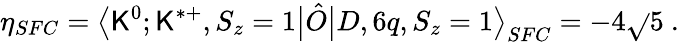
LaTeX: \eta_{SFC}=\big\langle\mathsf{K}^{0};\mathsf{K}^{*+},S_{z}=1\big|\hat{{O}}\big|D,6q,S_{z}=1\big\rangle_{SFC}=-4\sqrt{}{{5}}\ .